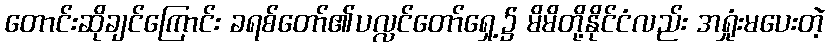
တောင်းဆိုချင်ကြောင်း ခရစ်တော်၏ပလ္လင်တော်ရှေ့၌ မိမိတို့နိုင်ငံလည်း အရှုံးမပေးတဲ့